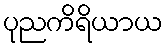
ပုညကိရိယာယ